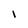
Character: I